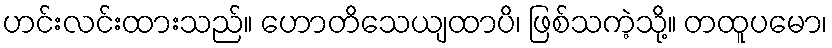
ဟင်းလင်းထားသည်။ ဟောတိသေယျထာပိ၊ ဖြစ်သကဲ့သို့။ တထူပမော၊